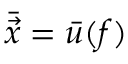
\bar { \vec { x } } = \bar { { u } } ( f )